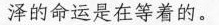
泽的命运是在等着的。